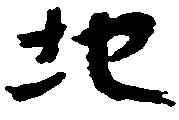
地